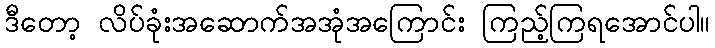
ဒီတော့ လိပ်ခုံးအဆောက်အအုံအကြောင်း ကြည့်ကြရအောင်ပါ။